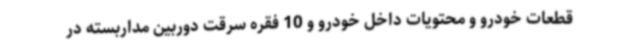
قطعات خودرو و محتویات داخل خودرو و 10 فقره سرقت دوربین مداربسته در